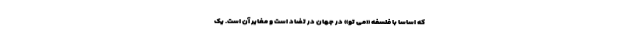
که اساساً با فلسفه «می تو» در جهان در تضاد است و مغایر آن است. یک